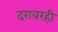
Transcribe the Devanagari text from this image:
दरावरही